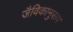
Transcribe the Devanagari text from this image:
जैविकानुरूप